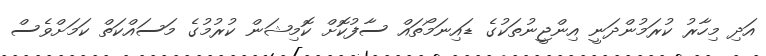
އަދި މިހާރު ކުރަމުންދަނީ އިންޖީނުތަކުގެ ޑައިނަމޯތައް ސާފުކޮށް ކޮމިޝަން ކުރުމުގެ މަސައްކަތް ކަމަށްވެސް